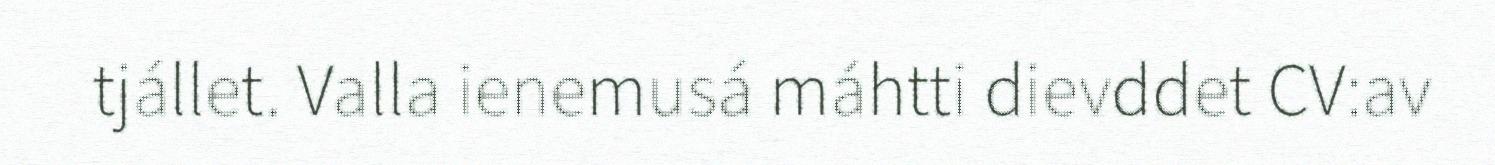
tjállet. Valla ienemusá máhtti dievddet CV:av